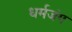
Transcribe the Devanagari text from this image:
धर्मजंग